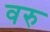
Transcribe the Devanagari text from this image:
वरु